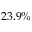
2 3 . 9 \%